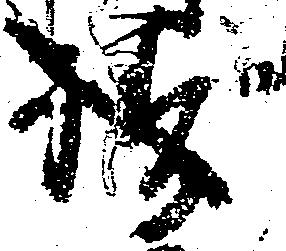
祷